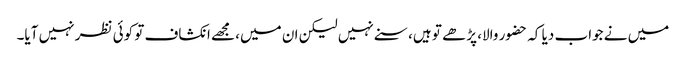
میں نے جواب دیا کہ حضور والا، پڑھے تو ہیں، سنے نہیں لیکن ان میں، مجھے انکشاف تو کوئی نظر نہیں آیا۔